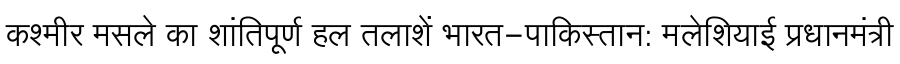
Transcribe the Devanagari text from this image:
कश्मीर मसले का शांतिपूर्ण हल तलाशें भारत-पाकिस्तान: मलेशियाई प्रधानमंत्री